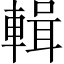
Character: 輯